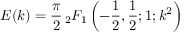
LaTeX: E ( k ) = { \frac { \pi } { 2 } } \, _ { 2 } F _ { 1 } \left( - { \frac { 1 } { 2 } } , { \frac { 1 } { 2 } } ; 1 ; k ^ { 2 } \right)